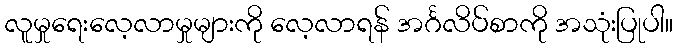
လူမှုရေးလေ့လာမှုများကို လေ့လာရန် အင်္ဂလိပ်စာကို အသုံးပြုပါ။